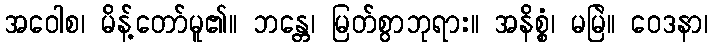
အဝေါစ၊ မိန့်တော်မူ၏။ ဘန္တေ၊ မြတ်စွာဘုရား။ အနိစ္စံ၊ မမြဲ။ ဝေဒနာ၊